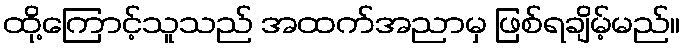
ထို့ကြောင့်သူသည် အထက်အညာမှ ဖြစ်ရချိမ့်မည်။